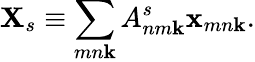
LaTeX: \textbf{X}_{s}\equiv\sum_{mn\textbf{k}}A_{nm\textbf{k}}^{s}\textbf{x}_{mn\textbf{k}}.